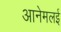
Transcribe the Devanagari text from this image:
आनेमलई